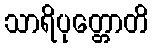
သာရိပုတ္တောတိ